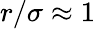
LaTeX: r/\sigma\approx 1